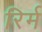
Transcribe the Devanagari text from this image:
रिर्म